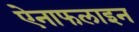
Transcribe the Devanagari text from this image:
ऐनाफलाइन